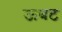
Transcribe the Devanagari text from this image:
ऊघट